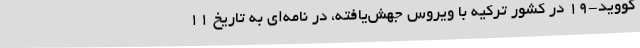
کووید-۱۹ در کشور ترکیه با ویروس جهش‌یافته، در نامه‌ای به تاریخ ۱۱